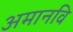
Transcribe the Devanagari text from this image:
अमानवि